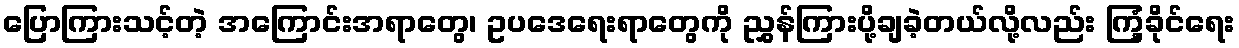
ပြောကြားသင့်တဲ့ အကြောင်းအရာတွေ၊ ဥပဒေရေးရာတွေကို ညွှန်ကြားပို့ချခဲ့တယ်လို့လည်း ကြံ့ခိုင်ရေး